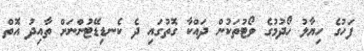
ފަހުގެ ހިޔާލު ހޯދުމުގެ ވޯޓުތަކުން ދައްކާ ގޮތުގައި ދެ ކެނޑިޑޭޓުންނަށް ތާއިދު އޮތް